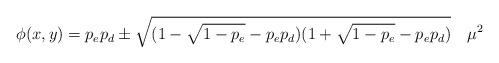
LaTeX: \begin{align*}\phi (x,y)=p_ep_d \pm \sqrt{(1-\sqrt{1-p_e}-p_e p_d) (1+\sqrt{1-p_e}-p_e p_d)}~~~ \mu^2 \end{align*}